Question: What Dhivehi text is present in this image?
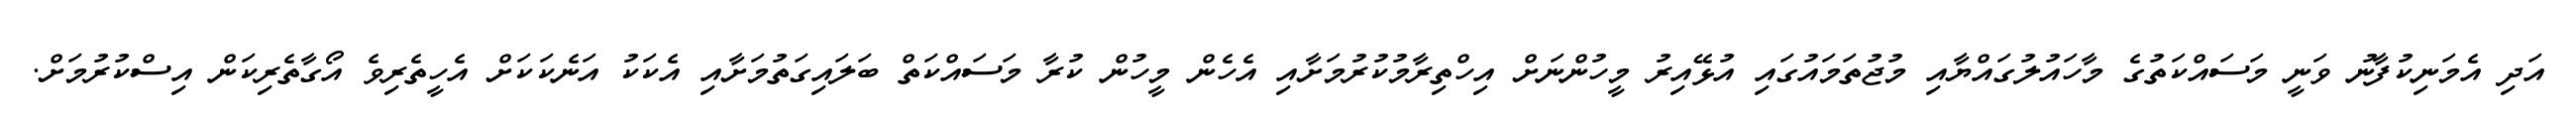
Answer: އަދި އެމަނިކުފާނު ވަނީ މަސައްކަތުގެ މާހައުލުގައްޔާއި މުޖުތަމައުގައި އުޅޭއިރު މީހުންނަށް އިހްތިރާމުކުރުމަށާއި އެހެން މީހުން ކުރާ މަސައްކަތް ބަލައިގަތުމަށާއި އެކަކު އަނެކަކަށް އެހީތެރިވެ އޯގާތެރިކަން އިސްކުރުމަށް.